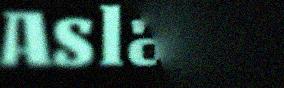
Aslak